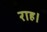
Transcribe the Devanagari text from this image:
राह।